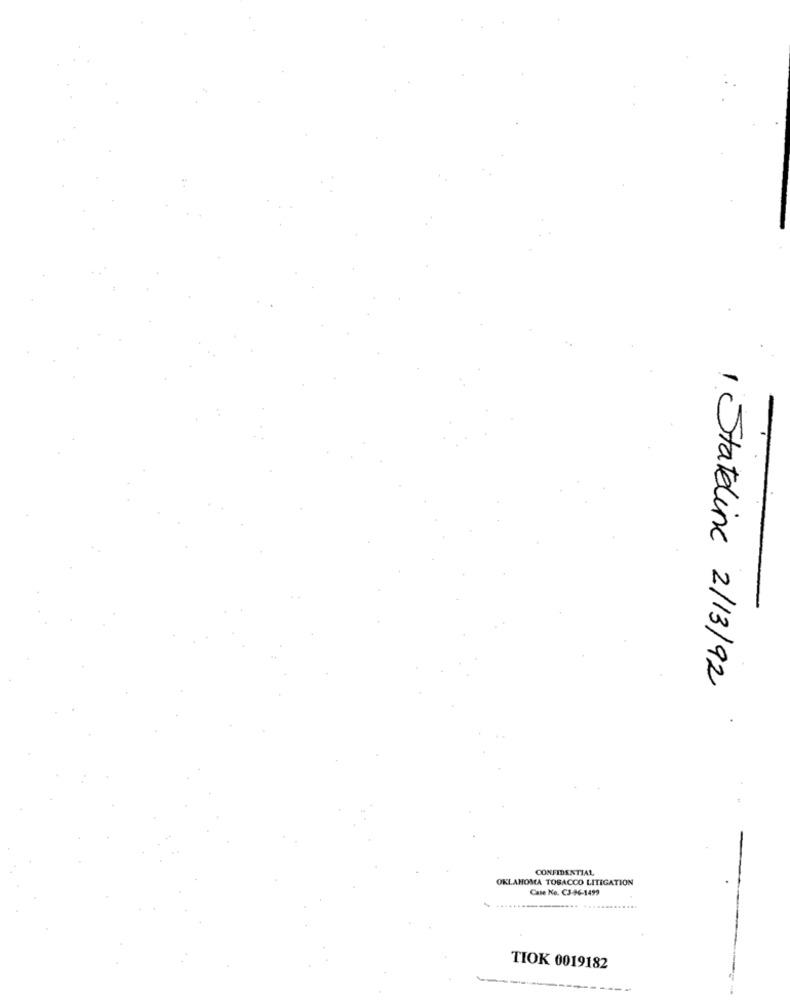
Stateline 2/13/92
CONFIDENTIAL
OKLAHOMA TOBACCO LITIGATION
Case Ko. C3-96-1499
TIOK 0019182